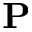
\mathbf { P }